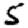
Digit: 5